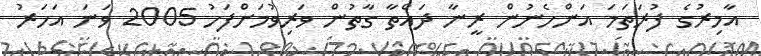
އާމިރުގެ ފުރަތަމަ އަންހެނުން ރީނާ ދައްތާ ގާތުން ވަރިވުމަށްފަހު 2005 ވަނަ އަހަރު